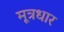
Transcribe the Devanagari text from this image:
मूत्रधार